Vital statistics of India. Vol. IV, Annual returns from 1871 to 1876. British Army of India, Native Army and jails of Bengal
Year: 1871
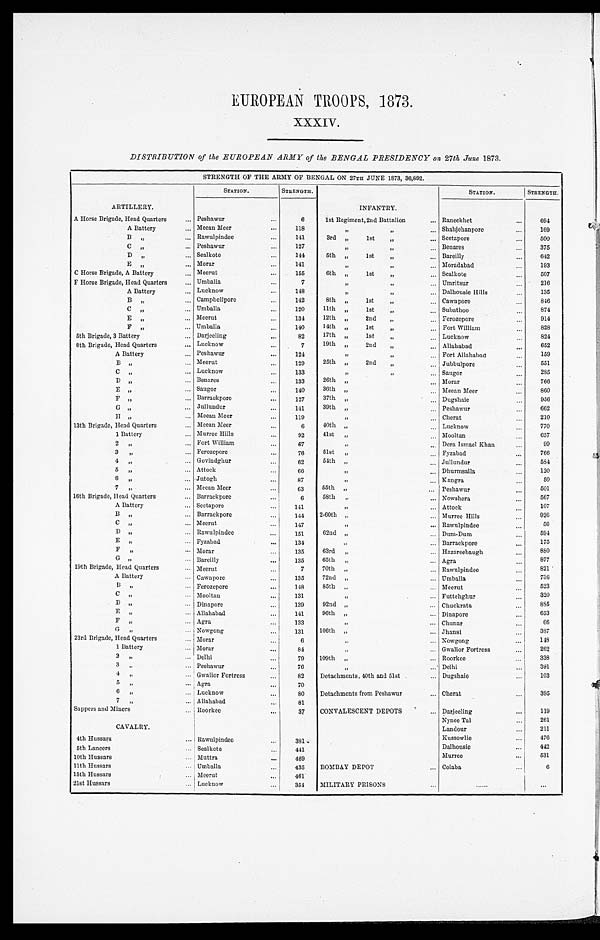
EUROPEAN TROOPS, 1873.
XXXIV.
DISTRIBUTION of the EUROPEAN ARMY of the BENGAL PRESIDENCY on 27th June 1873.
STRENGTH OF THE ARMY OF BENGAL ON 27TH JUNE 1873, 36,892.
.STATION.
STRENGTH.
STATION.
STRENGTH.
ARTILLERY.
INFANTRY.
A Horse Brigade, Head Quarters
. . . Peshawar
. . .
6
1st Regiment, 2nd Battalion
. . . Raneekhet
. . .
694
A Battery
. . . Meean Meer
. . .
118
" "
Shahjehanpore . . .
169
B
" . . . Rawulpindee
. . .
141
3rd "
lst
"
. . . Seetapore
. . .
5 0 0
375
C
" . . . Peshawur
. . .
127
"
"
. . .
Benares . . .
642
D "
. . . Sealkote
. . .
144
5th "
lst
"
. . . Bareilly . . .
193
E
" . . . Morar
. . .
141
"
"
. . . Moradabad
. . .
507
C Horse Brigade, A Battery
. . . Meerut
. . .
155
6th "
1st
" . . . Sealkote . . .
F Horse Brigade, Head Quarters
. . . Umballa
. . .
7
"
" .
.
.
Umritsur
. . .
216
135
A Battery . . . Lucknow . . .
148
"
" . . .
Dalhousie Hills . . .
846
B " . . . Campbellpore
. . .
142
8th "
1st
"
. . . Cawnpore
. . .
874
C „
. . . Umballa
. . .
120
11th "
1st
"
. . . Subathoo . . .
E " . . . Meerut . . .
134
12th "
2nd
"
. . . Ferozepore
. . .
914
828
F "
. . . Umballa
. . .
140
14th „
1st
" . . . Fort William
. . .
824
5th Brigade, 3 Battery
. . . Darjeeling . . .
82
17th "
lst
"
. . . Lucknow . . .
652
8th Brigade, Head Quarters . . . Lucknow
. . .
7
19th "
2nd
"
. . . Allahabad. . .
159
A Battery . . . Peshawur
. . .
124
"
"
. . .
F o r t Al l a h a b a d . . .
551
B "
. . . Meerut
. . .
129
25th "
2nd
"
. . . Jubbulpore
. . .
285
Lucknow
. . .
133
"
"
. . .
Saugor
. . .
D "
. . . Benares . . .
133
26th "
. . . Morar . . .
766
E "
. . . Saugor
. . .
140
36th "
. . . Meean Meer . . .
860
956
F "
. . . Barrackpore
. . .
127
37th "
. . . Dugshaie
. . .
662
G "
. . . Jullundur
. . .
141
39th "
. . . Peshawur
. . .
210
H "
. . . Meean Meer
. . .
119
"
. . .
Cherat . . .
770
13th Brigade, Head Quarters . . . Meean Meer . . .
6
40th "
. . . Lucknow
. . .
657
1 Battery
. . . Murree Hills
. . .
92
41st
"
. . . Mooltan . . .
2
"
. . . Fort William
. . .
67
" . . .
Dera Ismael Khan . . .
99
3
" .
.
.
Ferozepore
. . .
76
51st
"
. . . Fyzabad
. . .
766
584
4
" .
.
.
Govindghur . . .
62
54th "
. . . Jullundur . . .
120
5
" .
.
.
Attock
. . .
66
"
. . .
Dhurmsalla
. . .
50
6
" .
.
.
Jutogh . . .
87
" . . . Kangra . . .
501
7
„
. . . Meean Meer . . .
63
55th "
. . . Peshawar. . .
567
16th Brigade, Head Quarters
. . . Barrackpore
. . .
6
58th
"
. . . Nowshera
. . .
107
A Battery
. . . Seetapore. . .
1 4 1
" . . . Attock . . .
926
B "
. . . Barrackpore
. . .
144
2-60th "
. . . Murree Hills . . .
56
C "
. . . Meerut . . .
147
"
. . .
Rawulpindee
. . .
594
D "
. . . Rawulpindee. . .
1 5 1
62nd "
. . . Dum-Dum . . .
175
E " .
.
.
Fyzabad . . .
134
" . . . Barrackpore
. . .
880
F
"
. . . Morar
. . .
135
63rd
"
. . . Hazareebaugh
. . .
877
G "
. . . Bareilly
. . .
135
65th
"
. . . Agra . . .
821
19th Brigade, Head Quarters
. . . Meerut
. . .
7
70th "
. . . Rawulpindee
. . .
736
A Battery
. . . Cawnpore . . .
135
72nd "
. . . Umballa
. . .
523
B "
. . . Ferozepore
. . .
148
85th "
. . . Meerut . . .
320
C " .
.
.
Mooltan
. . .
131
"
. . .
Futtehghur
. . .
885
D "
. . . Dinapore
. . .
139
92nd "
. . . Chuckrata
. . .
653
E " .
.
.
Allahabad
. . .
141
96th "
. . . Dinapore
. . .
66
F " .
.
.
Agra . . .
133
" . . . Chunar
. . .
387
G
"
. . . Nowgong
. . .
131
106th "
. . . Jhansi
. . .
148
23rd Brigade, Head Quarters
. . . Morar . . .
6
"
. . . Nowgong . . .
1 Battery
. . . Morar
. . .
84
"
. . . Gwalior Fortress
. . .
262
338
2
" .
.
.
Delhi . . .
79
109th "
. . . Roorkee
. . .
3
" .
.
.
Peshawur
. . .
76
"
. . . Delhi
. . .
391
103
4 " . . . Gwalior Fortress
. . .
82
Detachments, 40th and 51st . . . Dugshaie
. . .
5
"
. . . Agra
. . .
70
395
6
" . . . Lucknow . . .
80
Detachments from Peshawar
. . . Cherat
. . .
7
" .
.
.
Allahabad
. . .
81
119
Sappers and Miners . . . Roorkee
. . .
37
CONVALESCENT DEPOTS . . . Darjeeling
. . .
261
Nynee Tal
. . .
CAVALRY.
Landour . . .
211
4th Hussars
. . . Rawulpindee . . .
381
Kussowlie
. . .
476
4 4 2
Dalhousie
. . .
5th Lancers
. . . Sealkote
. . .
441
5 3 1
Murree . . .
10th Hussars . . . Muttra
. . .
469
11th Hussars
. . . Umballa. . .
435
BOMBAY DEPOT
. . . Colaba . . .
6
15th Hussars . . . Meerut . . .
461
21st Hussars . . . Lucknow. . .
354
MILITARY PRISONS . . .
. . .
. . .